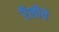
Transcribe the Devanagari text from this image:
रॅलीचे